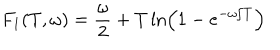
LaTeX: F _ { 1 } ( T , \omega ) = \frac { \omega } { 2 } + T \ln \left( 1 - e ^ { - \omega / T } \right)